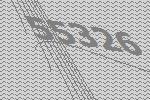
55326